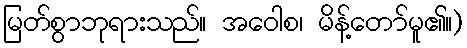
မြတ်စွာဘုရားသည်။ အဝေါစ၊ မိန့်တော်မူ၏။)